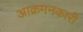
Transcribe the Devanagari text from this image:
आक्रमनकारी